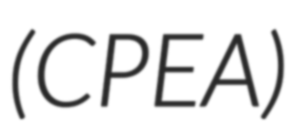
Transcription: (CPEA)